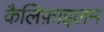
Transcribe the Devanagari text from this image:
कैलिफ़ाइलम